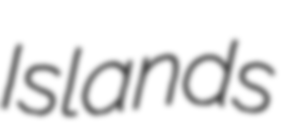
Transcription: Islands